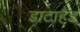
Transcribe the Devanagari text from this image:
डाटाहैंड